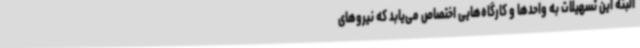
البته این تسهیلات به واحدها و کارگاه‌هایی اختصاص می‌یابد که نیروهای